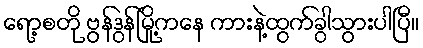
ရော့စတို ဗွန်ဒွန်မြို့ကနေ ကားနဲ့ထွက်ခွါသွားပါပြီ။